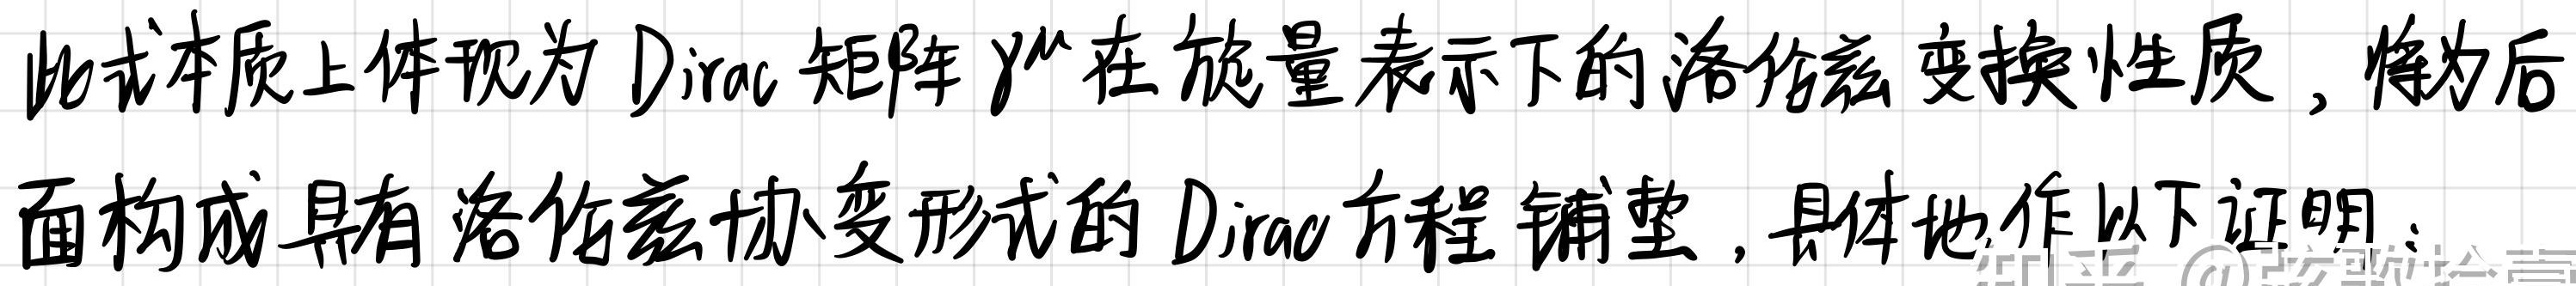
此式本质上体现为 Dirac 矩阵 $\gamma^{\mu}$ 在旋量表示下的洛伦兹变换性质，将为后面构成具有洛伦兹协变形式的 Dirac 方程铺垫，具体地作以下证明：